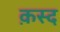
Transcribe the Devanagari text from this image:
क़स्द